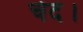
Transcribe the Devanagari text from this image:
चेदं।